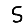
Digit: 5